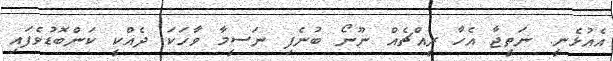
އެއުޅެނީ. ނަތީޖާ އެހާ ރީއްޗެއް ނޫނޯ ބުނެފި ނަސީމާ ވާހަކަ ދެއްކީ ކަންބޮޑުވެފައި